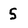
Character: 5